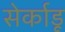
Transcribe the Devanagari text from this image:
सेर्काडू